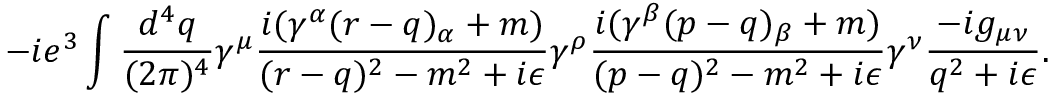
- i e ^ { 3 } \int { \frac { d ^ { 4 } q } { ( 2 \pi ) ^ { 4 } } } \gamma ^ { \mu } { \frac { i ( \gamma ^ { \alpha } ( r - q ) _ { \alpha } + m ) } { ( r - q ) ^ { 2 } - m ^ { 2 } + i \epsilon } } \gamma ^ { \rho } { \frac { i ( \gamma ^ { \beta } ( p - q ) _ { \beta } + m ) } { ( p - q ) ^ { 2 } - m ^ { 2 } + i \epsilon } } \gamma ^ { \nu } { \frac { - i g _ { \mu \nu } } { q ^ { 2 } + i \epsilon } } .